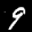
Label: 9